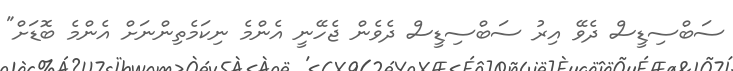
ސަބްސިޑީސް ދެވޭ އިރު ސަބްސިޑީސް ދެވެން ޖެހޭނީ އެންމެ ނިކަމެތިންނަށް އެންމެ ބޮޑަށް"